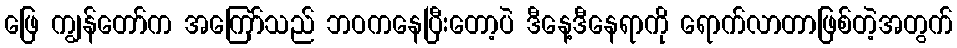
ဖြေ ကျွန်တော်က အကြော်သည် ဘဝကနေပြီးတော့ပဲ ဒီနေ့ဒီနေရာကို ရောက်လာတာဖြစ်တဲ့အတွက်